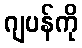
ဂျပန်ကို